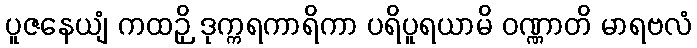
ပူဇနေယျံ ကထဉှိ ဒုက္ကရကာရိကာ ပရိပူရယာမိ ဝဏ္ဏာတိ မာရဗလံ